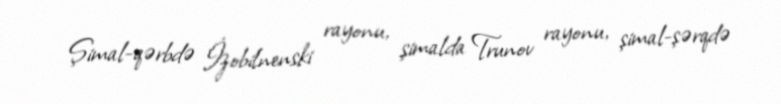
Şimal-qərbdə İzobilnenski rayonu, şimalda Trunov rayonu, şimal-şərqdə